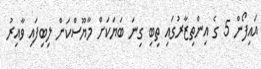
އައިފޯން 5 ގެ އިންތިޒާރުގައި ތިބި ގިނަ ބަޔަކަށް މާޔޫސްކަން ލިބިފައި ވާއިރު